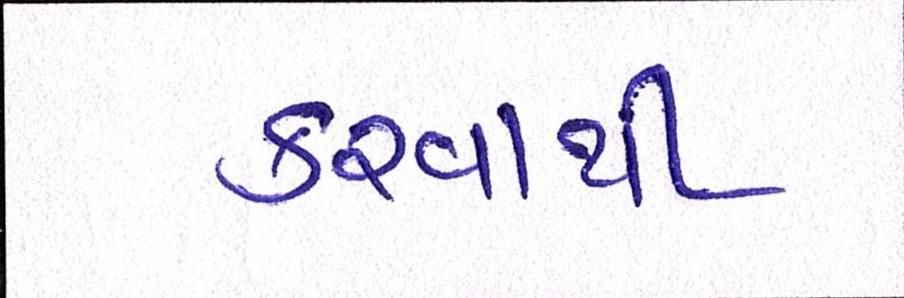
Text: કરવાથી